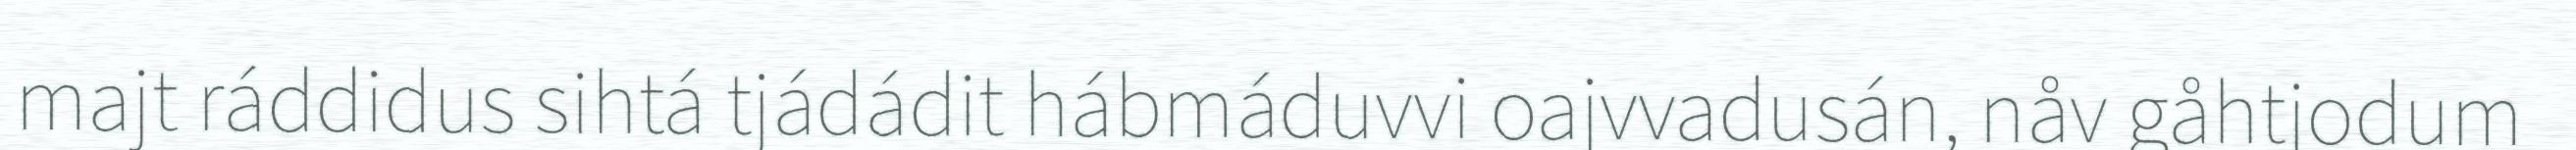
majt ráddidus sihtá tjádádit hábmáduvvi oajvvadusán, nåv gåhtjodum